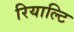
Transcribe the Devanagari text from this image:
रियाल्टि